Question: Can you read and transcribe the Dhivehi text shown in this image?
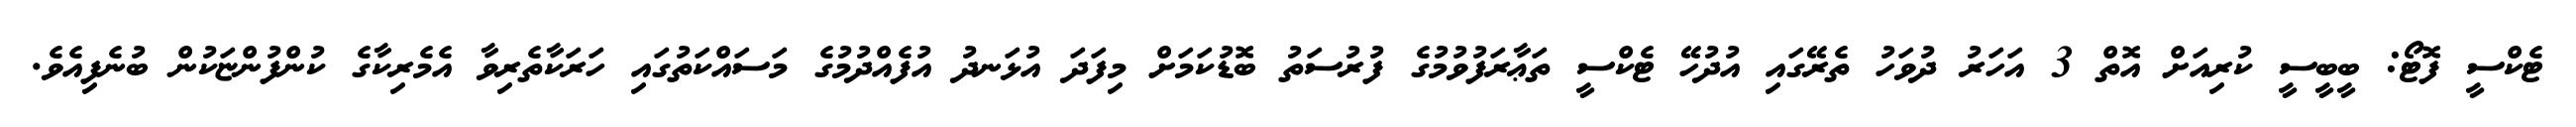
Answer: ޓެކްސީ ފޮޓޯ: ބީބީސީ ކުރިއަށް އޮތް 3 އަހަރު ދުވަހު ތެރޭގައި އުދުހޭ ޓެކްސީ ތަޢާރަފުވުމުގެ ފުރުސަތު ބޮޑުކަމަށް މިފަދަ އުޅަނދު އުފެއްދުމުގެ މަސައްކަތުގައި ހަރަކާތެރިވާ އެމެރިކާގެ ކުންފުންޏަކުން ބުނެފިއެވެ.